Lunatic asylums in Bengal annual reports 1912-1924 - 1912-1924
Year: 1912
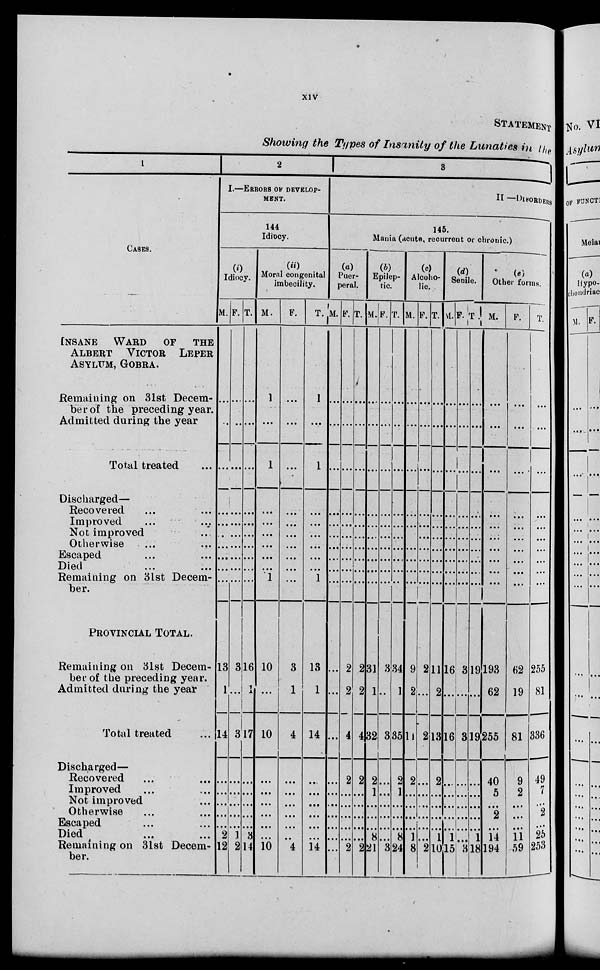
xiv
STATEMENT
Showing the Types of Insanity of the Lunatics in the
1
CASES.
INSANE WARD OF THE
ALBERT VICTOR LEPER
ASYLUM, GOBRA.
Remaining on 31st Decem-
ber of the preceding year.
Admitted during the year
Total treated ...
Discharged—
Recovered ... ...
Improved ... ...
Not improved ...
Otherwise ... ...
Escapaed ... ...
Died ... ...
Remaining on 31st Decem-
ber.
PROVINCIAL TOTAL.
Remaining on 31st Decem-
ber of the preceding year.
Admitted during the year
Total treated ...
Discharged—
Recovered ... ...
Improved ... ...
Not improved ...
Otherwise ... ...
Escaped ... ...
Died ... ...
Remaining on 31st Decem-
ber.
2
I.—ERRORS OF DEVELOP-
MENT.
144
Idiocy.
(i)
Idiocy.
M.
...
...
...
...
...
...
...
...
...
...
13
1
14
...
...
...
...
...
2
12
F.
...
...
...
...
...
...
...
...
...
...
3
...
3
...
...
...
...
...
1
2
T.
...
...
...
...
...
...
...
...
...
...
16
1
17
...
...
...
...
...
3
14
(ii)
Moral congenital
imbecility.
M.
1
...
1
...
...
...
...
...
...
1
10
...
10
...
...
...
...
...
...
10
F.
...
...
...
...
...
...
...
...
...
...
3
1
4
...
...
...
...
...
...
4
T.
1
...
1
...
...
...
...
...
...
1
13
1
14
...
...
...
...
...
...
14
3
II.—DISORDERS.
146.
Mania (acute, recurrent or chronic.)
(a)
Puer-
peral.
M.
...
...
...
...
...
...
...
...
...
...
...
...
...
...
...
...
...
...
...
...
F.
...
...
...
...
...
...
...
...
...
...
2
2
4
2
...
...
...
...
...
2
T.
...
...
...
...
...
...
...
...
...
...
2
2
4
2
...
...
...
...
...
2
(b)
Epilep-
tic.
M.
...
...
...
...
...
...
...
...
...
...
31
1
32
2
1
...
...
...
8
21
F.
...
...
...
...
...
...
...
...
...
...
3
...
3
...
...
...
...
...
...
3
T.
...
...
...
...
...
...
...
...
...
...
34
1
35
...
1
...
...
...
8
24
(c)
Alcoho-
lic.
M.
...
...
...
...
...
...
...
...
...
...
9
2
11
2
...
...
...
...
1
8
F.
...
...
...
...
...
...
...
...
...
...
2
...
...
...
...
...
...
...
...
2
T.
...
...
...
...
...
...
...
...
...
...
11
2
2
2
...
...
...
...
1
10
(d)
Senile.
M.
...
...
...
...
...
...
...
...
...
...
16
...
13
...
...
...
...
...
1
15
F.
...
...
...
...
...
...
...
...
...
...
3
...
3
...
...
...
...
...
...
3
T.
...
...
...
...
...
...
...
...
...
...
19
...
19
...
...
...
...
...
1
18
(e)
Other forms.
M.
...
...
...
...
...
...
...
...
...
...
193
62
255
40
5
...
2
...
14
194
F.
...
...
...
...
...
...
...
...
...
...
62
19
81
9
2
...
...
...
11
59
T.
...
...
...
...
...
...
...
...
...
...
255
81
336
49
7
...
2
...
25
253